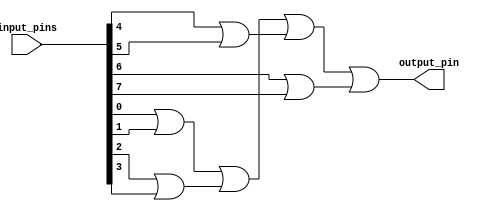
module eight_input_OR_gate (
    input [7:0] input_pins,
    output output_pin
);

wire [3:0] intermediate_results;

assign intermediate_results[0] = input_pins[0] | input_pins[1];
assign intermediate_results[1] = input_pins[2] | input_pins[3];
assign intermediate_results[2] = input_pins[4] | input_pins[5];
assign intermediate_results[3] = input_pins[6] | input_pins[7];

assign output_pin = intermediate_results[0] | intermediate_results[1] | intermediate_results[2] | intermediate_results[3];

endmodule